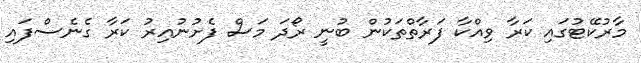
މާރުކޭޓުގައި ކަރާ ވިއްކާ ފަރާތްތަކުން ބުނީ ރޯދަ މަސް ފެށުނުއިރު ކަރާ ގެނެސްފައި